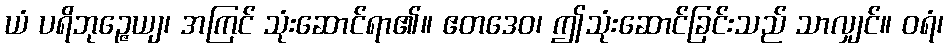
ယံ ပရိဘုဉ္ဇေယျ၊ အကြင် သုံးဆောင်ရာ၏။ ဧတဒေဝ၊ ဤသုံးဆောင်ခြင်းသည် သာလျှင်။ ဝရံ၊